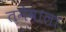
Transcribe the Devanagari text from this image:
तनेवाला